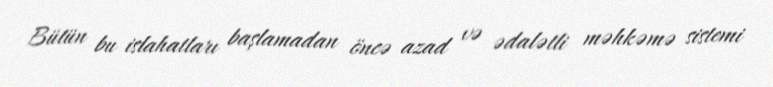
Bütün bu islahatları başlamadan öncə azad və ədalətli məhkəmə sistemi